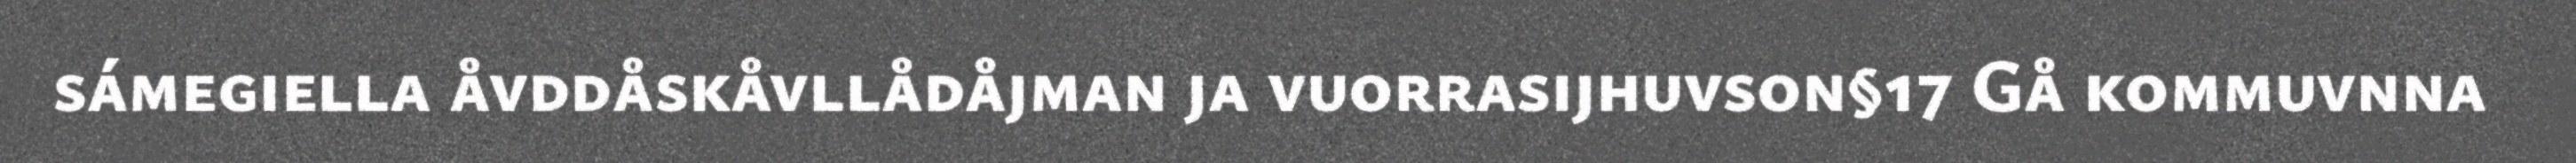
sámegiella åvddåskåvllådåjman ja vuorrasijhuvson§17 Gå kommuvnna